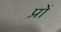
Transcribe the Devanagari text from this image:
प्रों